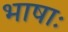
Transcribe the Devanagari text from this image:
भाषाः